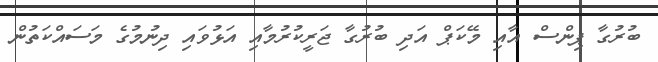
ބުރުގާ ޕިންސް އާއި މޭކަޕް އަދި ބުރުގާ ޖަރީކުރުމާއި އަޅުވައި ދިނުމުގެ މަސައްކަތުން